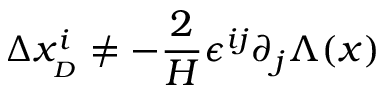
\Delta x _ { _ { D } } ^ { i } \neq - \frac { 2 } { H } \epsilon ^ { i j } \partial _ { j } \Lambda ( x )